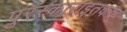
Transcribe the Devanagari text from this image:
पुरस्काराइतकाच